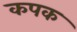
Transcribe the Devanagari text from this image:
कपक